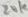
Text: 20K